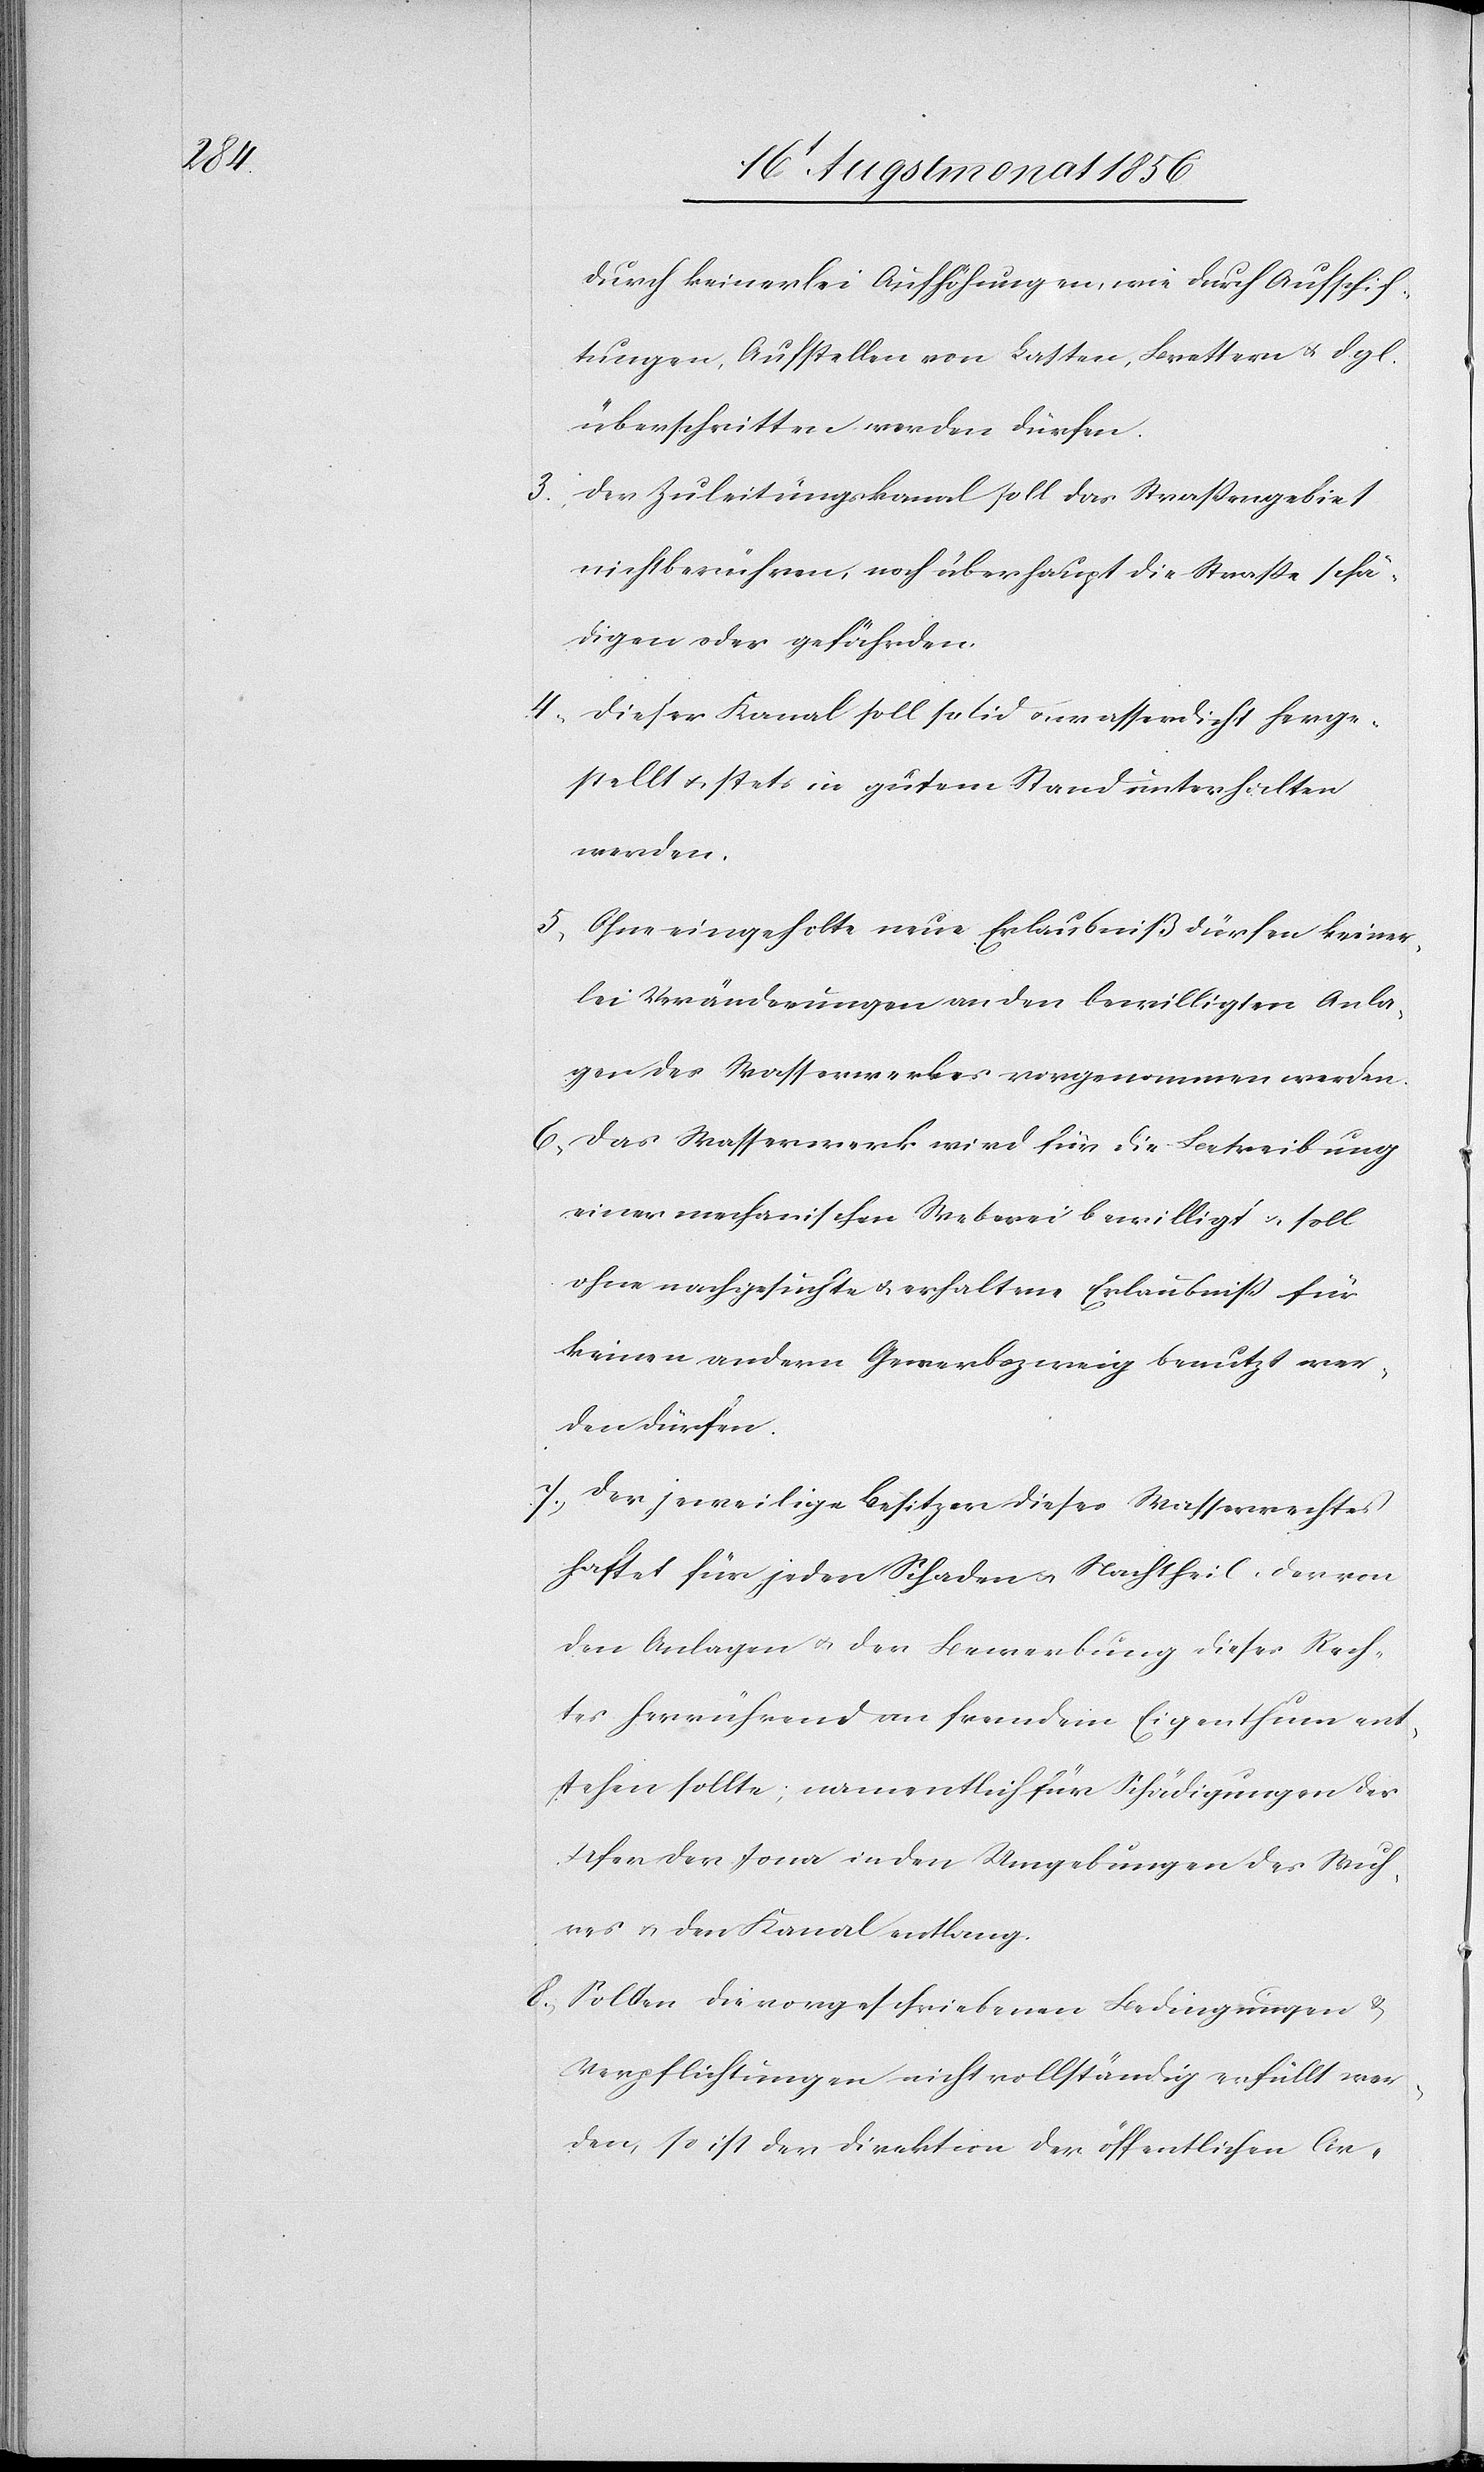
durch keinerlei Aufhöhungen, wie durch Aufschif¬
tungen, Aufstellen von Latten, Brettern u. dgl.
überschritten werden dürfen.
3.) Der Zuleitungskanal soll das Wassergebiet
nicht berühren, noch überhaupt die Strasse schä¬
digen oder gefährden.
4.) Dieser Kanal soll solid u. wasserdicht herge¬
stellt u. stets in gutem Stand unterhalten
werden.
5.) Ohne eingeholte neue Erlaubniß dürfen keiner¬
lei Veränderungen an den bewilligten Anla¬
gen des Wasserwerkes vorgenommen werden.
6.) Das Wasserwerk wird für die Betreibung
einer mechanischen Weberei bewilligt u. soll
ohne nachgesuchte u. erhaltene Erlaubniss für
keinen andern Gewerbszweig benutzt wer¬
den dürfen.
7.) Der jeweilige Besitzer dieses Wasserrechtes
haftet für jeden Schaden u. Nachtheil, der von
den Anlagen u. der Bewerbung dieses Rech¬
tes herrührend an fremdem Eigenthum ent¬
stehen sollte; namentlich für Schädigungen des
Ufer der Jona in den Umgebungen des Wuh¬
res u. den Kanal entlang.
8.) Sollten die vorgeschriebenen Bedingungen &
Verpflichtungen nicht vollständig erfüllt wer¬
den, so ist der Direktion der öffentlichen Ar-